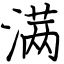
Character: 满